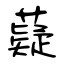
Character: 薿